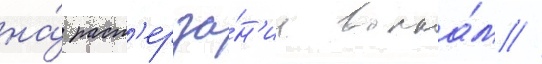
на́ раст'ерза́н'ие волка́м //